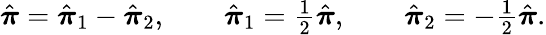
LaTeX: \begin{array}{r}{\hat{\boldsymbol{\pi}}=\hat{\boldsymbol{\pi}}_{1}-\hat{\boldsymbol{\pi}}_{2},\quad\quad\hat{\boldsymbol{\pi}}_{1}=\frac{1}{2}\hat{\boldsymbol{\pi}},\quad\quad\hat{\boldsymbol{\pi}}_{2}=-\frac{1}{2}\hat{\boldsymbol{\pi}}.}\end{array}